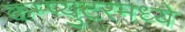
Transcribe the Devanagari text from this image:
कम्प्युटरमध्ये